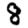
Digit: 8